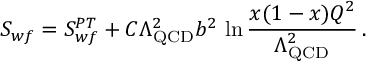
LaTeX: S _ { w f } = S _ { w f } ^ { P T } + C \Lambda _ { \mathrm { Q C D } } ^ { 2 } b ^ { 2 } \, \ln \frac { x ( 1 - x ) Q ^ { 2 } } { \Lambda _ { \mathrm { Q C D } } ^ { 2 } } \, .